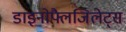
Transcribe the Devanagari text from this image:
डाइनोफ्लैजिलेट्स